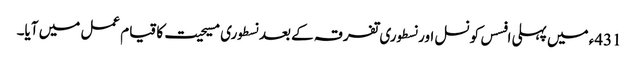
431ء میں پہلی افسس کونسل اور نسطوری تفرقہ کے بعد نسطوری مسیحیت کا قیام عمل میں آیا۔